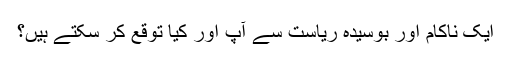
ایک ناکام اور بوسیدہ ریاست سے آپ اور کیا توقع کر سکتے ہیں؟